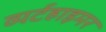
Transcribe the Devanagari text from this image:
व्यर्टहाइमर